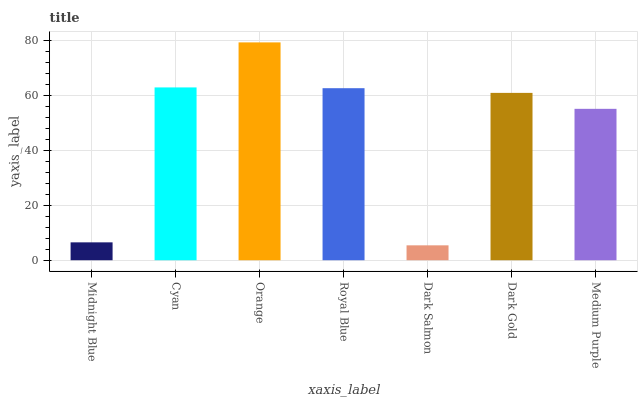
| xaxis_label | bars |
 | --- | --- |
 | Midnight Blue | 6.51 |
 | Cyan | 62.9 |
 | Orange | 79.3 |
 | Royal Blue | 62.6 |
 | Dark Salmon | 5.43 |
 | Dark Gold | 60.9 |
 | Medium Purple | 55.1 |